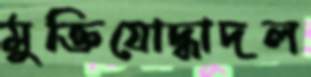
মুক্তিযোদ্ধাদল